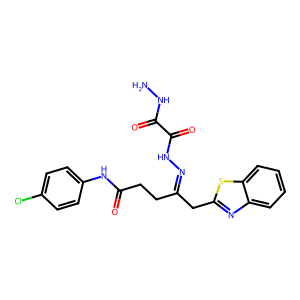
SMILES: NNC(=O)C(=O)NN=C(CCC(=O)Nc1ccc(Cl)cc1)Cc1nc2ccccc2s1
Inhibits HIV replication: No